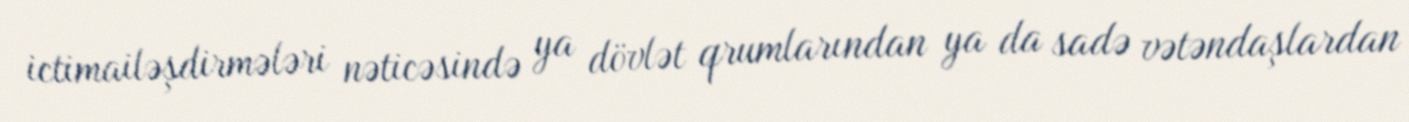
ictimailəşdirmələri nəticəsində ya dövlət qrumlarından ya da sadə vətəndaşlardan